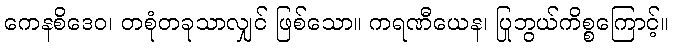
ကေနစိဒေဝ၊ တစုံတခုသာလျှင် ဖြစ်သော။ ကရဏီယေန၊ ပြုဘွယ်ကိစ္စကြောင့်။